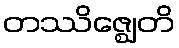
တဿိဇ္ဈေတိ